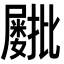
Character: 𫵫